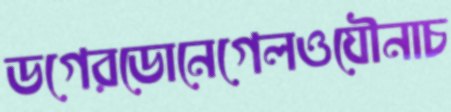
ডগেরডোনেগেলওযৌনাচ